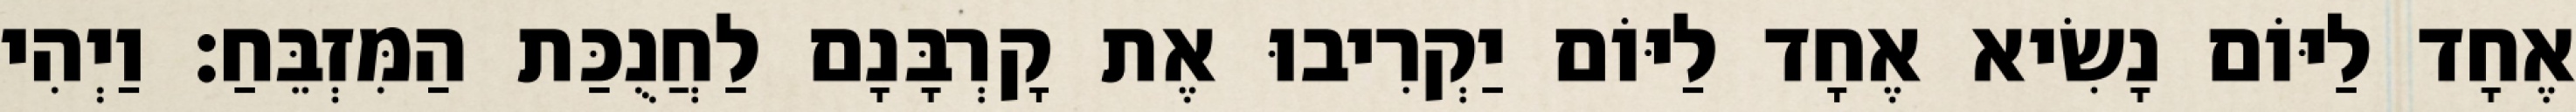
אֶחָד לַיּוֹם נָשִׂיא אֶחָד לַיּוֹם יַקְרִיבוּ אֶת קָרְבָּנָם לַחֲנֻכַּת הַמִּזְבֵּחַ׃ וַיְהִי